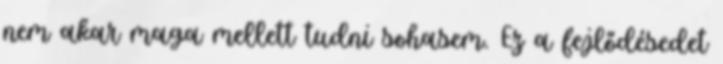
nem akar maga mellett tudni sohasem. Ez a fejlődésedet